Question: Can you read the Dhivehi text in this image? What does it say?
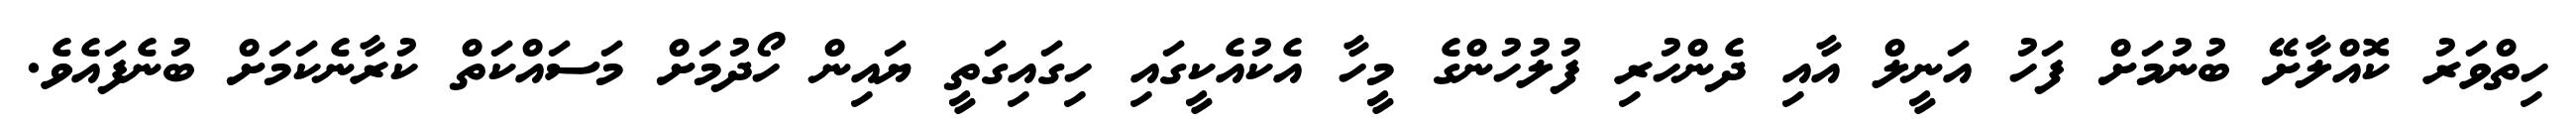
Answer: ހިތްވަރު ކޮއްލާށޭ ބުނުމަށް ފަހު އަނީލް އާއި ދެންހުރި ފުލުހުންގެ މީހާ އެކުއެކީގައި ހިގައިގަތީ ޔައިން ހޯދުމަށް މަސައްކަތް ކުރާނެކަމަށް ބުނެފައެވެ.